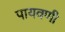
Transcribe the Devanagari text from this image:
पायवणी